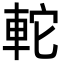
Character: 䡐